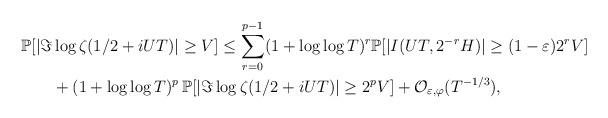
LaTeX: \begin{align*}\mathbb{P} [ |\Im & \log \zeta (1/2 + i UT)| \geq V] \leq \sum_{r = 0}^{p-1} (1 +\log \log T)^r \mathbb{P} [ |I(UT, 2^{-r} H)| \geq (1-\varepsilon) 2^r V ] \\ & + (1 +\log \log T)^p \, \mathbb{P} [ | \Im \log \zeta (1/2 + i UT)| \geq 2^p V] + \mathcal{O}_{\varepsilon, \varphi} (T^{-1/3}),\end{align*}